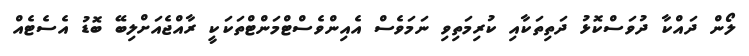
ލޯން ދައްކާ ދުވަސްކޮޅު ދަތިތަކާއި ކުރިމަތިވި ނަމަވެސް އެއިންވެސްޓްމަންޓްތަކަކީ ރާއްޖެއަށްލިބޭ ބޮޑު އެސެޓެއް